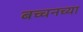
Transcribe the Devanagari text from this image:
बच्चनच्या